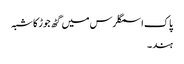
پاک اسمگلرس میں گٹھ جوڑ کا شبہ
ہند ۔